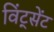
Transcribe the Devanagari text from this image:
विंट्सेंट